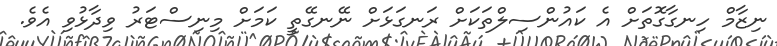
ނިޒާމް ހިނގާގޮތަށް އެ ކައުންސިލްތަކަށް ރަނގަޅަށް ނޭނގޭތީ ކަމަށް މިނިސްޓަރު ވިދާޅުވި އެވެ.